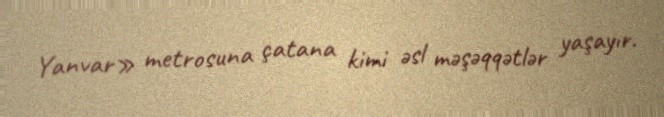
Yanvar» metrosuna çatana kimi əsl məşəqqətlər yaşayır.